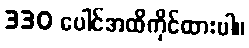
330 ပေါင်အထိကိုင်ထားပါ။